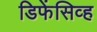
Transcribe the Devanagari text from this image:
डिफेंसिव्ह